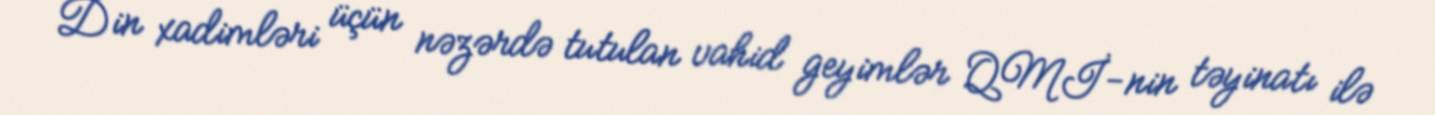
Din xadimləri üçün nəzərdə tutulan vahid geyimlər QMİ-nin təyinatı ilə